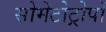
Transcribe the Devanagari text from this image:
सोमेटोट्रोपों